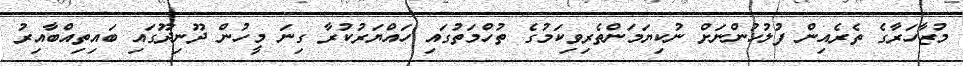
މުޒާހަރާގެ ތެރެއިން ފުލުހުންނަށް ނުކިޔަމަންތެރިވިކަމުގެ ތުހްމަތުގައި ހައްޔަރުކުރާ ގިނަ މީހުން ދޫނިދޫގައި ބައިތިއްބާއިރު